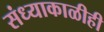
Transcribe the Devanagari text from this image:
संध्याकाळीही